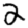
Digit: 2